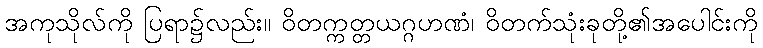
အကုသိုလ်ကို ပြရာ၌လည်း။ ဝိတက္ကတ္တယဂ္ဂဟဏံ၊ ဝိတက်သုံးခုတို့၏အပေါင်းကို